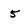
Character: 5